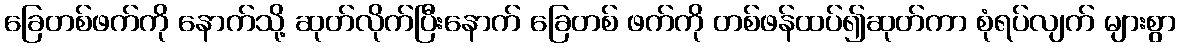
ခြေတစ်ဖက်ကို နောက်သို့ ဆုတ်လိုက်ပြီးနောက် ခြေတစ် ဖက်ကို တစ်ဖန်ထပ်၍ဆုတ်ကာ စုံရပ်လျက် များစွာ